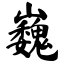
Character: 巍